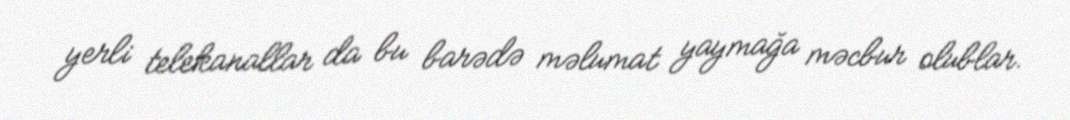
yerli telekanallar da bu barədə məlumat yaymağa məcbur olublar.